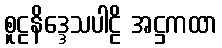
စူဠနိဒ္ဒေသပါဠိ အဋ္ဌကထာ